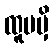
ထူပမှိ